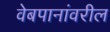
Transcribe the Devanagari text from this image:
वेबपानांवरील